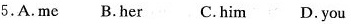
5.A.Me B.Her C.Him D.You